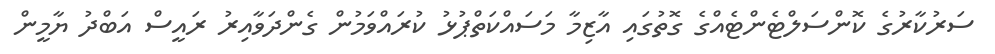
ސަރުކާރުގެ ކޮންސަލްޓެންޓެއްގެ ގޮތުގައި އާޒިމާ މަސައްކަތްޕުޅު ކުރައްވަމުން ގެންދަވާއިރު ރައީސް އަބްދު ޔާމީން